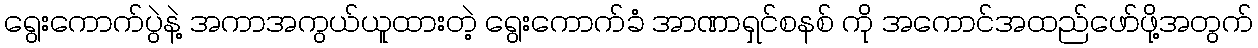
ရွေးကောက်ပွဲနဲ့ အကာအကွယ်ယူထားတဲ့ ရွေးကောက်ခံ အာဏာရှင်စနစ် ကို အကောင်အထည်ဖော်ဖို့အတွက်